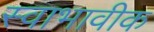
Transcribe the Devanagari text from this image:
स्वाभावीक